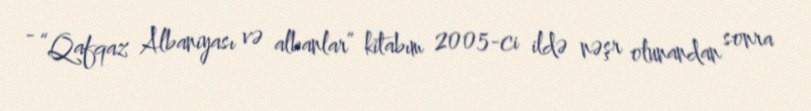
- “Qafqaz Albaniyası və albanlar” kitabım 2005-ci ildə nəşr olunandan sonra